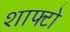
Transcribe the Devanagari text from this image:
शाफ्टो